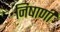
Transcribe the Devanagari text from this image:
निषाणी